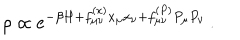
LaTeX: \rho \propto e ^ { - \beta H + f _ { \mu \nu } ^ { ( x ) } x _ { \mu } x _ { \nu } + f _ { \mu \nu } ^ { ( P ) } P _ { \mu } P _ { \nu } } \, .